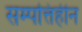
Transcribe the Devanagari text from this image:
सम्पत्तिहीन